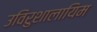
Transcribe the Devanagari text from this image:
उविरुशालायिम